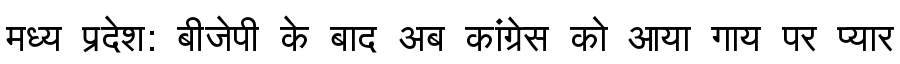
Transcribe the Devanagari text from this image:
मध्य प्रदेश: बीजेपी के बाद अब कांग्रेस को आया गाय पर प्यार